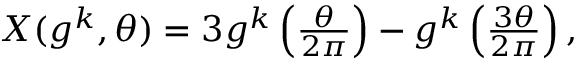
\begin{array} { r } { X ( g ^ { k } , \theta ) = 3 g ^ { k } \left( \frac { \theta } { 2 \pi } \right) - g ^ { k } \left( \frac { 3 \theta } { 2 \pi } \right) , } \end{array}